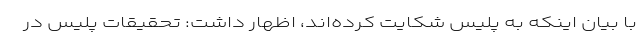
با بیان اینکه به پلیس شکایت کرده‌اند، اظهار داشت: تحقیقات پلیس در